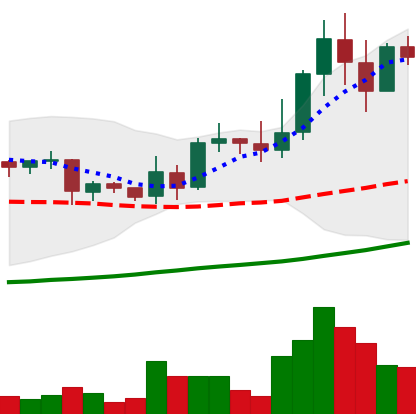
Ticker: LINK-USD
Chart end date: 2019-04-06
Forward return: -14.732%
Label: down_7plus